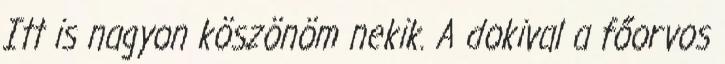
Itt is nagyon köszönöm nekik. A dokival a főorvos